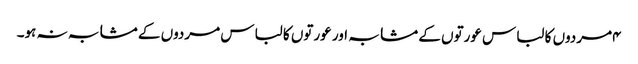
۴مردوں کا لباس عورتوں کے مشابہ اور عورتوں کا لباس مردوں کے مشابہ نہ ہو۔